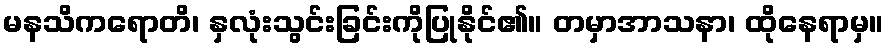
မနသိကရောတိ၊ နှလုံးသွင်းခြင်းကိုပြုနိုင်၏။ တမှာအာသနာ၊ ထိုနေရာမှ။